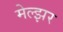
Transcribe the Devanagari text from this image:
मेल्झर